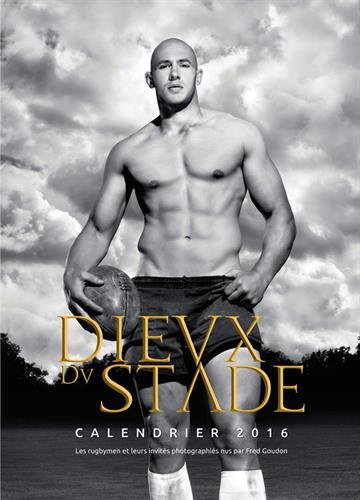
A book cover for DIEUX DU STADE CALENDRIER 2016; Calendars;